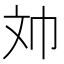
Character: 𱡢